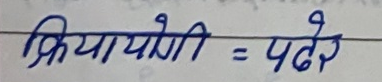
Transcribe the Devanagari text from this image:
क्रियायोगी = पढ़ेर